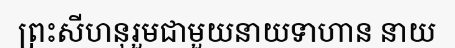
ព្រះសីហនុរួមជាមួយនាយទាហាន នាយ